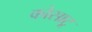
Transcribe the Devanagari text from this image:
कोसाटू